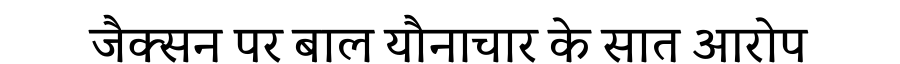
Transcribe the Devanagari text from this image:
जैक्सन पर बाल यौनाचार के सात आरोप